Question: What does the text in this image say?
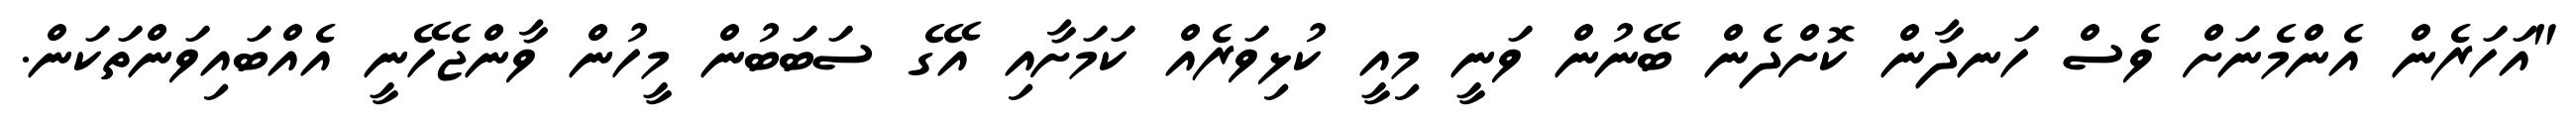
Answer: "އަހަރެން އެންމެނަށް ވެސް ހަނދާން ކޮށްދެން ބޭނުން ވަނީ މިއީ ކުޅިވަރެއް ކަމަށާއި އޭގެ ސަބަބުން މީހުން ވާންޖެހޭނީ އެއްބައިވަންތަކަން.